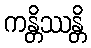
ကန္တိဿန္တိ